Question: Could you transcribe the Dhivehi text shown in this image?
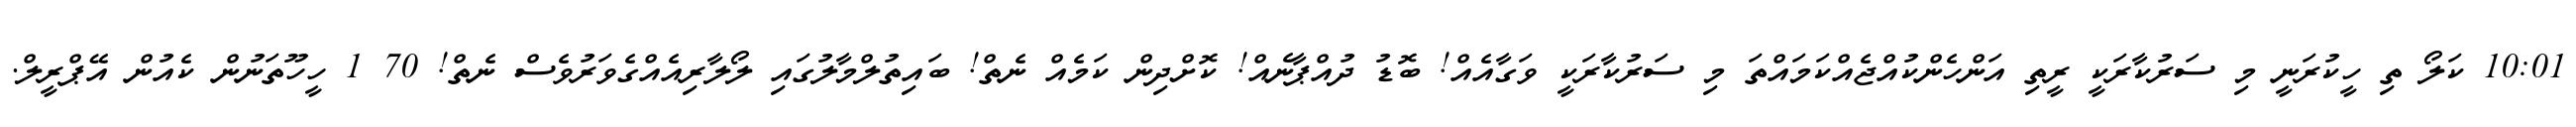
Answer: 10:01 ކަލޯ ތި ހީކުރަނީ މި ސަރުކާރަކީ ރީތި އަންހެންކުއްޖެއްކަމައްތަ މި ސަރުކާރަކީ ވަގާއެއް! ބޮޑު ދުއްޕާނެއް! ކޮށްދިން ކަމެއް ނެތް! ބައިތުލްމާލުގައި ލޯލާރިއެއްގެވަރުވެސް ނެތް! 70 1 ހީހޫތަނުން ކެއުން އޭޕްރީލް.